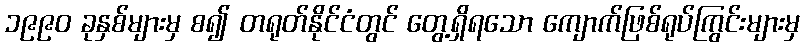
၁၉၉၀ ခုနှစ်များမှ စ၍ တရုတ်နိုင်ငံတွင် တွေ့ရှိရသော ကျောက်ဖြစ်ရုပ်ကြွင်းများမှ